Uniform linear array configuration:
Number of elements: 24
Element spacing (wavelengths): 0.75
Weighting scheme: cosine
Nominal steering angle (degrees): -60
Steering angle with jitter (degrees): -60.601
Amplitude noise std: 0.05
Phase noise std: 0.05

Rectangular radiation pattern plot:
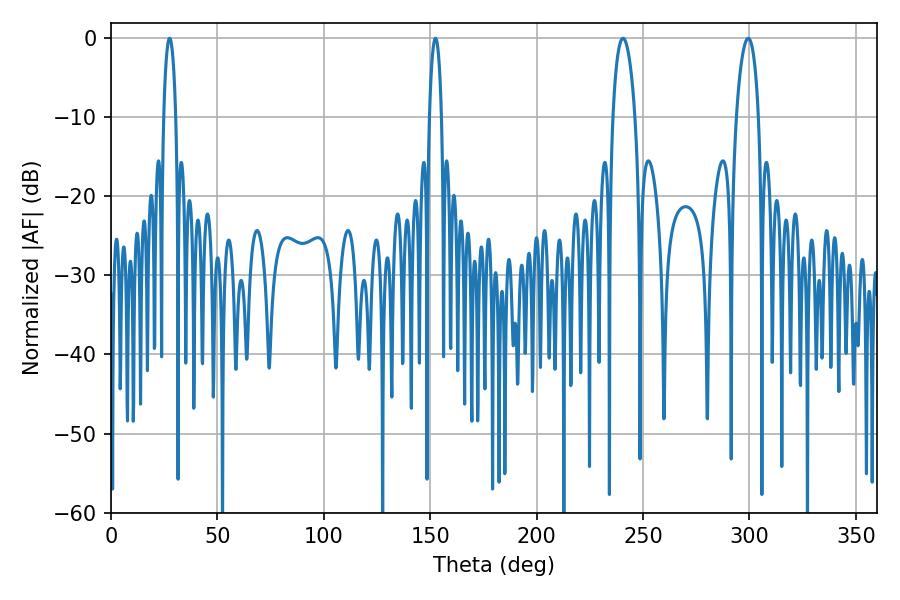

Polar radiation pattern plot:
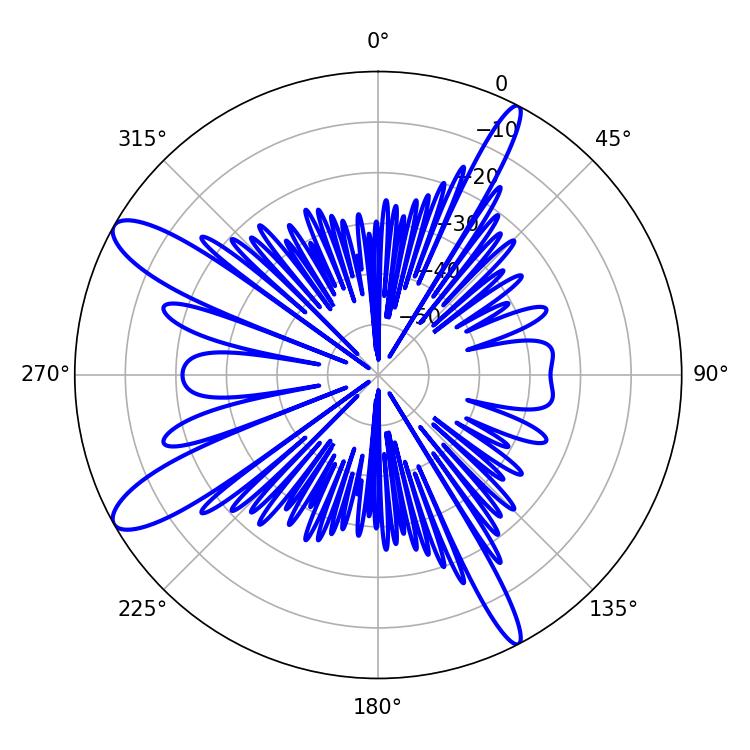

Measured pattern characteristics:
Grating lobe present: TRUE
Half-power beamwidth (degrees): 3.24
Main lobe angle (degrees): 27.54